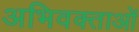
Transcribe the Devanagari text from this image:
अभिवक्ताओं